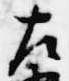
左